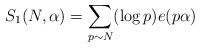
LaTeX: \begin{align*}S_{1}(N,\alpha)=\sum\limits_{p\sim N}(\log p)e(p\alpha)\end{align*}